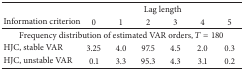
<table><thead><tr><td><b> </b></td><td colspan="6"><b>Lag length</b></td></tr><tr><td><b>Information criterion</b></td><td><b>0</b></td><td><b>1</b></td><td><b>2</b></td><td><b>3</b></td><td><b>4</b></td><td><b>5</b></td></tr></thead><tbody><tr><td colspan="7">Frequency distribution of estimated VAR orders, <i>T</i> = 180</td></tr><tr><td>HJC, stable VAR</td><td>3.25</td><td>4.0</td><td>97.5</td><td>4.5</td><td>2.0</td><td>0.3</td></tr><tr><td>HJC, unstable VAR</td><td>0.1</td><td>3.3</td><td>95.3</td><td>4.3</td><td>3.1</td><td>0.2</td></tr></tbody></table>